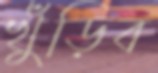
খুঁড়িব